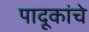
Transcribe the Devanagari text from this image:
पादूकांचे